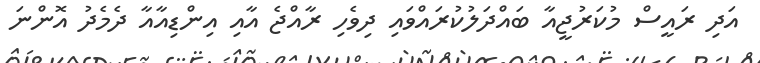
އަދި ރައީސް މުކަރުޖީއާ ބައްދަލުކުރައްވައި ދިވެހި ރާއްޖެ އާއި އިންޑިއާއާ ދެމެދު އޮންނަ